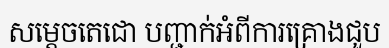
សម្តេចតេជោ បញ្ជាក់អំពីការគ្រោងជួប